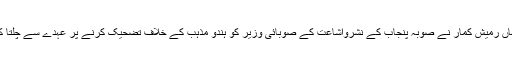
جہاں رمیش کمار نے صوبہ پنجاب کے نشرواشاعت کے صوبائی وزیر کو ہندو مذہب کے خلاف تضحیک کرنے پر عہدے سے چلتا کیا۔